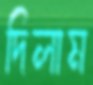
দিলাম